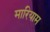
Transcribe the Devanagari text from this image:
मारियाम